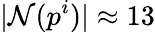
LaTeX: |\mathcal{N}(p^{i})|\approx 13